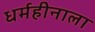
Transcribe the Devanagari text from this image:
धर्महीनाला